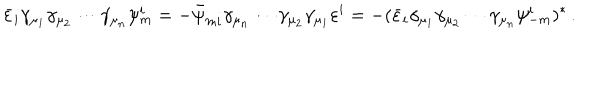
\bar { \varepsilon } _ { i } \gamma _ { \mu _ { 1 } } \gamma _ { \mu _ { 2 } } \cdots \gamma _ { \mu _ { n } } \psi _ { m } ^ { i } = - \bar { \psi } _ { m i } \gamma _ { \mu _ { n } } \cdots \gamma _ { \mu _ { 2 } } \gamma _ { \mu _ { 1 } } \varepsilon ^ { i } = - ( \bar { \varepsilon } _ { i } \gamma _ { \mu _ { 1 } } \gamma _ { \mu _ { 2 } } \cdots \gamma _ { \mu _ { n } } \psi _ { - m } ^ { i } ) ^ { * } \, .